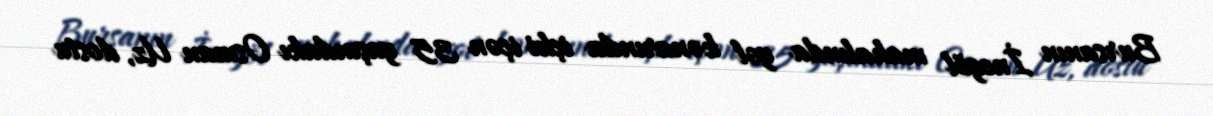
Bursanın İnegöl mahalında yol kənarında içki içən 35 yaşındakı Osman Uz, dostu